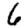
Digit: 6